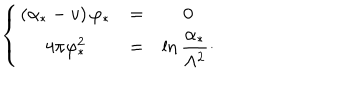
\left\{ \begin{matrix} { { ( \alpha _ { * } - v ) \, \varphi _ { * } } } & { { = } } & { { 0 } } \\ { { 4 \pi \varphi _ { * } ^ { 2 } } } & { { = } } & { { \displaystyle \ln { \frac { \alpha _ { * } } { \Lambda ^ { 2 } } } \cdotp } } \\ \end{matrix} \right.